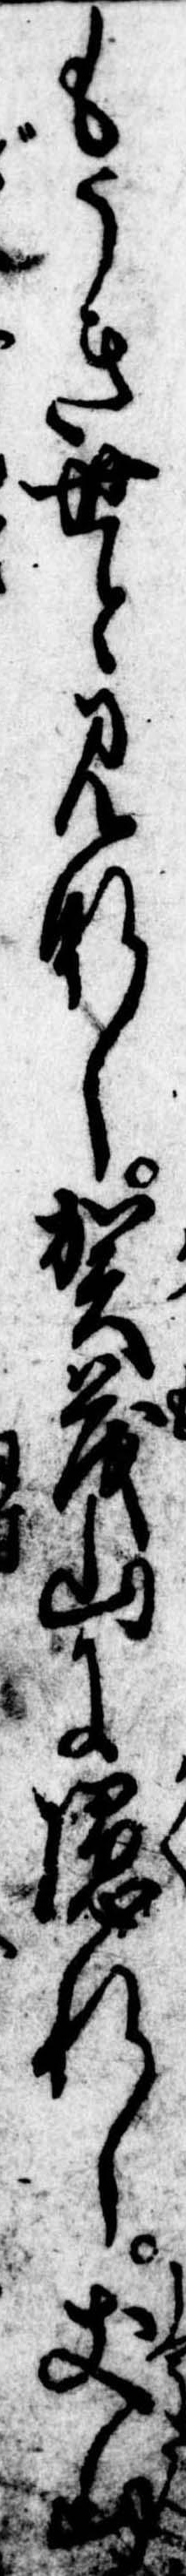
もうき世と見なし賀茂山に隠れし𠀋山